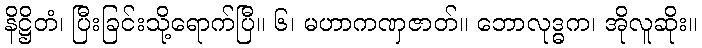
နိဋ္ဌိတံ၊ ပြီးခြင်းသို့ရောက်ပြီ။ ၆၊ မဟာကဏှဇာတ်။ ဘောလုဒ္ဓက၊ အိုလူဆိုး။